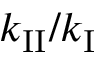
k _ { \mathrm { I I } } / k _ { \mathrm { I } }